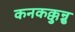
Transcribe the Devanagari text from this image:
कनकक्कुन्नु